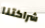
شراكتنا